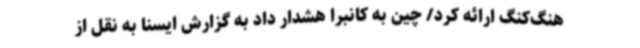
هنگ‌کنگ ارائه کرد/ چین به کانبرا هشدار داد به گزارش ایسنا به نقل از